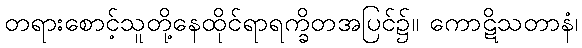
တရားစောင့်သူတို့နေထိုင်ရာရက္ခိတအပြင်၌။ ကောဋိသတာနံ၊